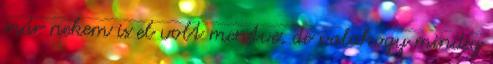
már nekem is el volt mentve, de valahogy mindig